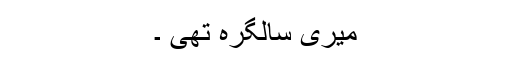
میری سالگرہ تھی ۔